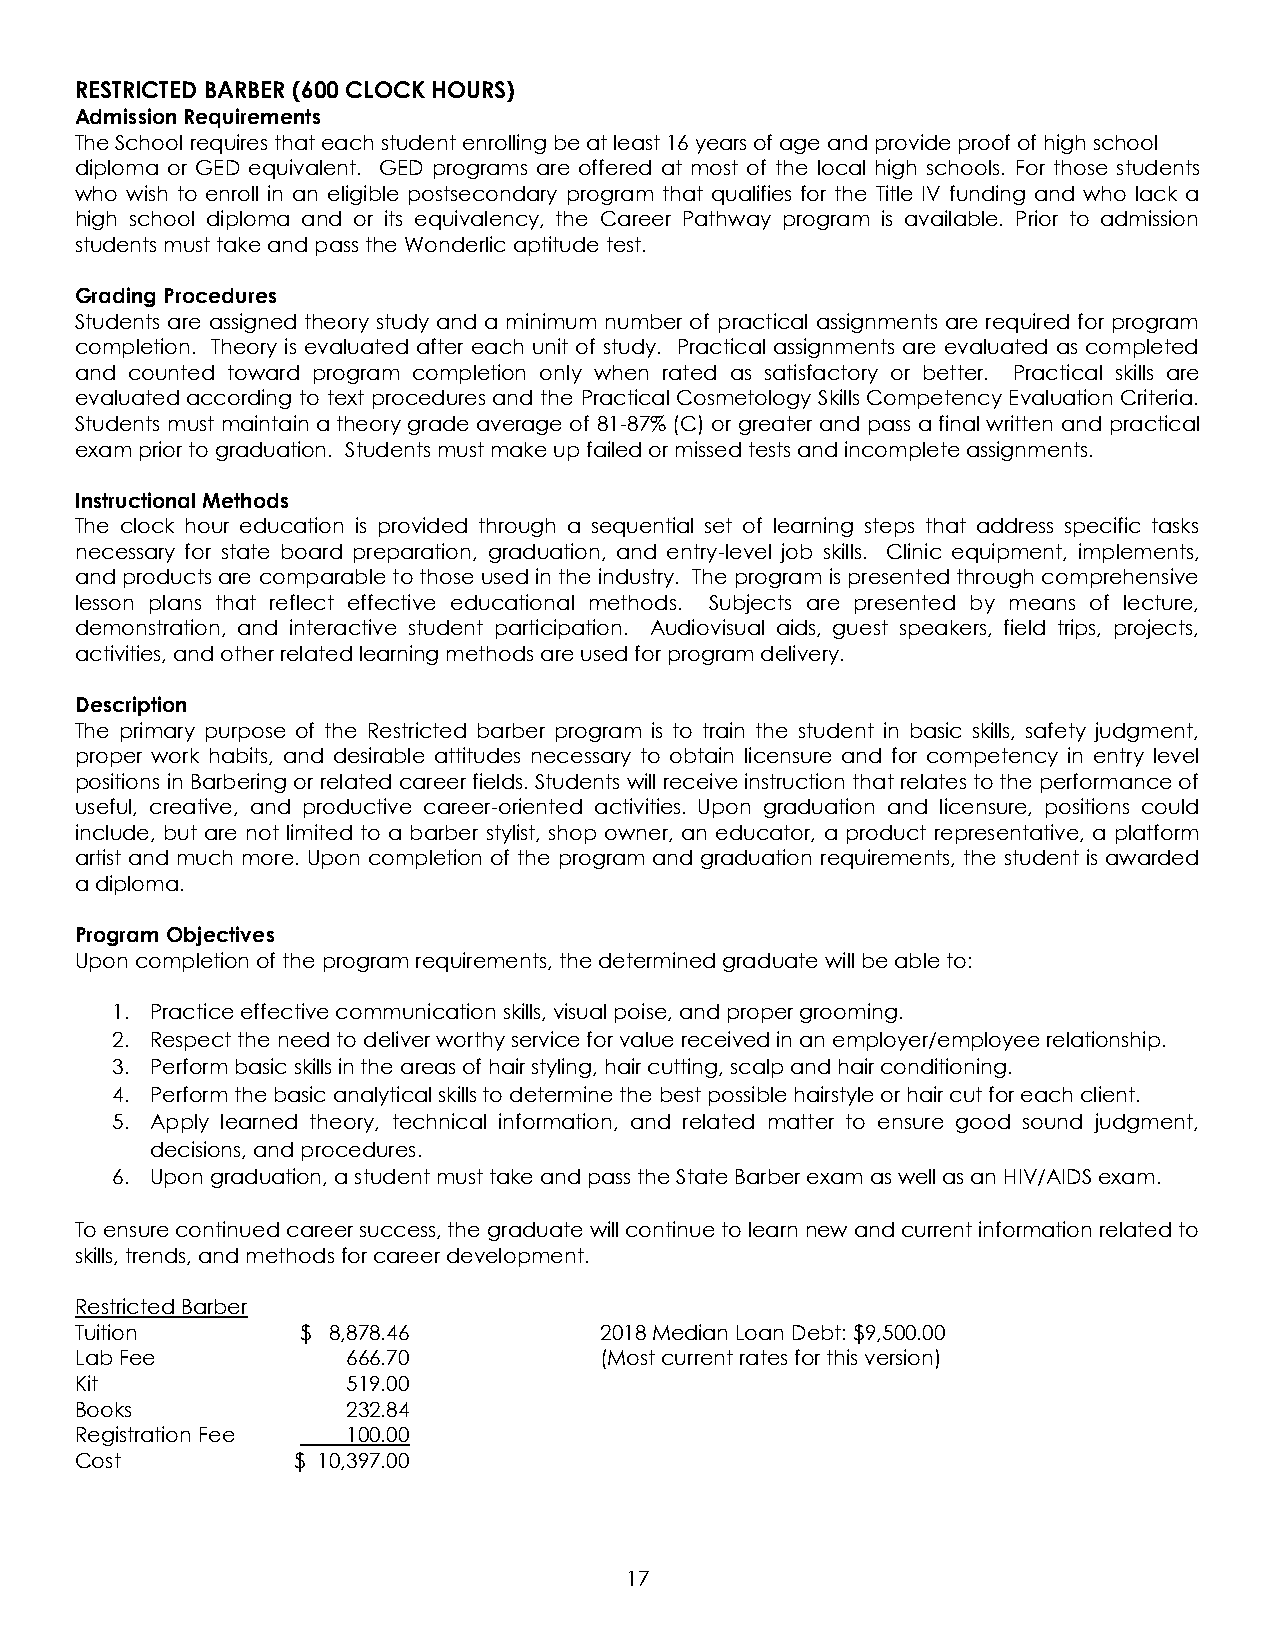
RESTRICTED BARBER (600 CLOCK HOURS)
 Admission Requirements
 The School requires that each student enrolling be at least 16 years of age and provide proof of high school
 diploma or GED equivalent. GED programs are offered at most of the local high schools. For those students
 who wish to enroll in an eligible postsecondary program that qualifies for the Title IV funding and who lack a
 high school diploma and or its equivalency, the Career Pathway program is available. Prior to admission
 students must take and pass the Wonderlic aptitude test.
 Grading Procedures
 Students are assigned theory study and a minimum number of practical assignments are required for program
 completion. Theory is evaluated after each unit of study. Practical assignments are evaluated as completed
 and counted toward program completion only when rated as satisfactory or better. Practical skills are
 evaluated according to text procedures and the Practical Cosmetology Skills Competency Evaluation Criteria.
 Students must maintain a theory grade average of 81-87% (C) or greater and pass a final written and practical
 exam prior to graduation. Students must make up failed or missed tests and incomplete assignments.
 Instructional Methods
 The clock hour education is provided through a sequential set of learning steps that address specific tasks
 necessary for state board preparation, graduation, and entry-level job skills. Clinic equipment, implements,
 and products are comparable to those used in the industry. The program is presented through comprehensive
 lesson plans that reflect effective educational methods. Subjects are presented by means of lecture,
 demonstration, and interactive student participation. Audiovisual aids, guest speakers, field trips, projects,
 activities, and other related learning methods are used for program delivery.
 Description
 The primary purpose of the Restricted barber program is to train the student in basic skills, safety judgment,
 proper work habits, and desirable attitudes necessary to obtain licensure and for competency in entry level
 positions in Barbering or related career fields. Students will receive instruction that relates to the performance of
 useful, creative, and productive career-oriented activities. Upon graduation and licensure, positions could
 include, but are not limited to a barber stylist, shop owner, an educator, a product representative, a platform
 artist and much more. Upon completion of the program and graduation requirements, the student is awarded
 a diploma.
 Program Objectives
 Upon completion of the program requirements, the determined graduate will be able to:
 1. Practice effective communication skills, visual poise, and proper grooming.
 2. Respect the need to deliver worthy service for value received in an employer/employee relationship.
 3. Perform basic skills in the areas of hair styling, hair cutting, scalp and hair conditioning.
 4. Perform the basic analytical skills to determine the best possible hairstyle or hair cut for each client.
 5. Apply learned theory, technical information, and related matter to ensure good sound judgment,
 decisions, and procedures.
 6. Upon graduation, a student must take and pass the State Barber exam as well as an HIV/AIDS exam.
 To ensure continued career success, the graduate will continue to learn new and current information related to
 skills, trends, and methods for career development.
 Restricted Barber
 Tuition        $ 8,878.46          2018 Median Loan Debt: $9,500.00
 Lab Fee           666.70           (Most current rates for this version)
 Kit               519.00
 Books             232.84
 Registration Fee  100.00
 Cost          $ 10,397.00
 17